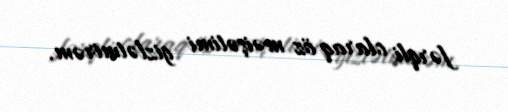
fərqli olaraq öz məişətimi gizlətmirəm.